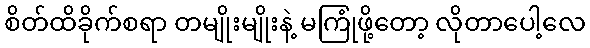
စိတ်ထိခိုက်စရာ တမျိုးမျိုးနဲ့ မကြုံဖို့တော့ လိုတာပေါ့လေ